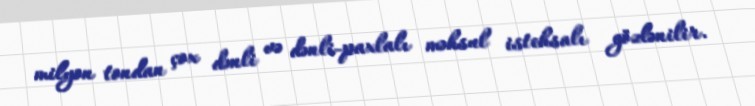
milyon tondan çox dənli və dənli-paxlalı məhsul istehsalı gözlənilir.